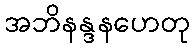
အဘိနန္ဒနဟေတု